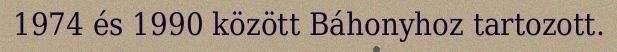
1974 és 1990 között Báhonyhoz tartozott.